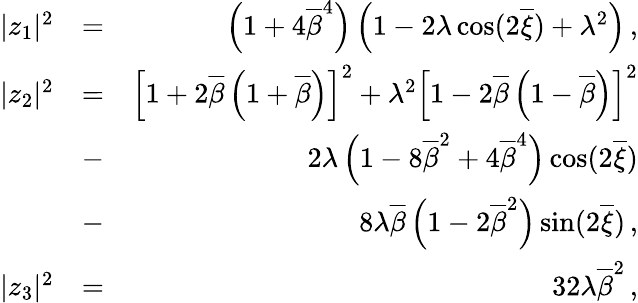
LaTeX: \begin{array}{rlr}{|z_{1}|^{2}}&{=}&{\left(1+4\overline{{\beta}}^{4}\right)\left(1-2\lambda\cos(2\overline{{\xi}})+\lambda^{2}\right)\, ,}\\ {|z_{2}|^{2}}&{=}&{\left[1+2\overline{{\beta}}\left(1+\overline{{\beta}}\right)\right]^{2}+\lambda^{2}\left[1-2\overline{{\beta}}\left(1-\overline{{\beta}}\right)\right]^{2}}\\ &{-}&{2\lambda\left(1-8\overline{{\beta}}^{2}+4\overline{{\beta}}^{4}\right)\cos(2\overline{{\xi}})}\\ &{-}&{8\lambda\overline{{\beta}}\left(1-2\overline{{\beta}}^{2}\right)\sin(2\overline{{\xi}})\, ,}\\ {|z_{3}|^{2}}&{=}&{32\lambda\overline{{\beta}}^{2}\, ,}\end{array}